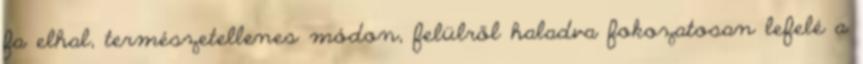
fa elhal, természetellenes módon, felülről haladva fokozatosan lefelé a